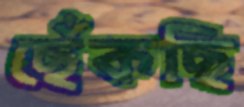
ছেঁকছি